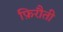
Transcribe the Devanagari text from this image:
फ़िरौती